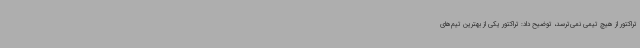
تراکتور از هیچ تیمی نمی‌ترسد، توضیح داد: تراکتور یکی از بهترین تیم‌های